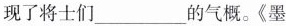
现了将士们___的气概。《墨